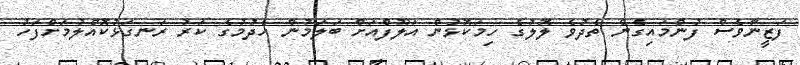
ފަޒީނާވެސް ފުންމައިގެން ތެދުވެ ލޮލުގެ ހިމަކޮޅުން އަލޫފްއަށް ބަލަމުން ހެދުމުގެ ކަރު ރަނގަޅުކޮއްލުމަށްފަހު